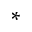
*